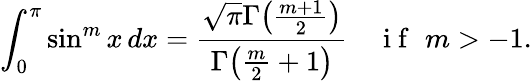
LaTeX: \int_{0}^{\pi}\sin^{m}x\, dx=\frac{\sqrt{\pi}\Gamma\big(\frac{m+1}{2}\big)}{\Gamma\big(\frac{m}{2}+1\big)}\quad\mathrm{~i~f~}\, \, m>-1.